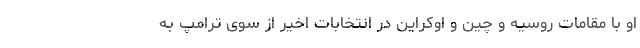
او با مقامات روسیه و چین و اوکراین در انتخابات اخیر از سوی ترامپ به